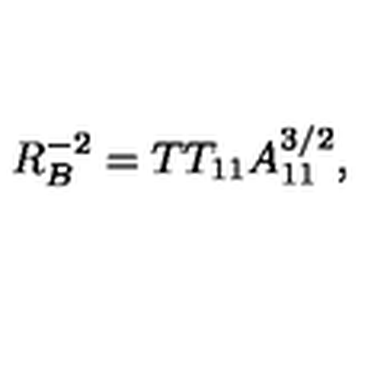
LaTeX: R _ { B } ^ { - 2 } = T T _ { 1 1 } A _ { 1 1 } ^ { 3 / 2 } ,